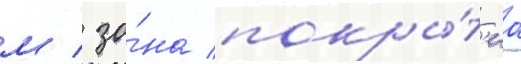
м / зо́на покры́т'иа